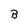
Character: B